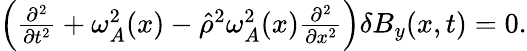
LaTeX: \begin{array}{r}{\left(\frac{\partial^{2}}{\partial t^{2}}+\omega_{A}^{2}(x)-\hat{\rho}^{2}\omega_{A}^{2}(x)\frac{\partial^{2}}{\partial x^{2}}\right)\delta B_{y}(x,t)=0.}\end{array}